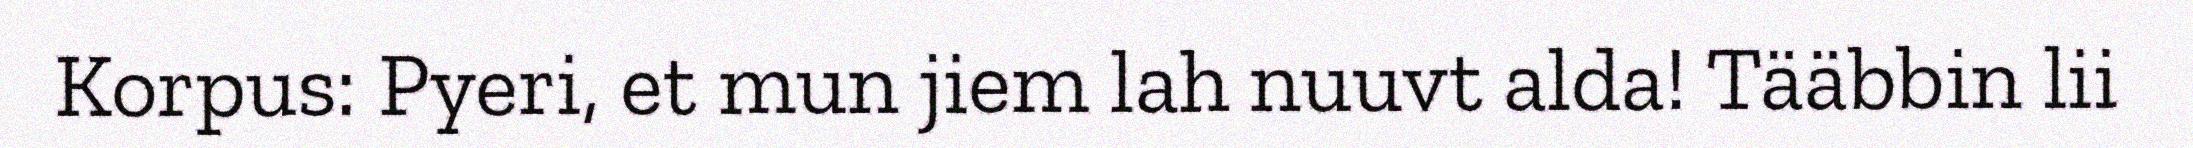
Korpus: Pyeri, et mun jiem lah nuuvt alda! Tääbbin lii